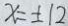
x = \pm 1 2